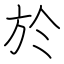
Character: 於